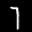
Label: 7